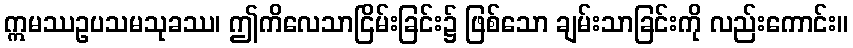
ဣမဿဥပသမသုခဿ၊ ဤကိလေသာငြိမ်းခြင်း၌ ဖြစ်သော ချမ်းသာခြင်းကို လည်းကောင်း။